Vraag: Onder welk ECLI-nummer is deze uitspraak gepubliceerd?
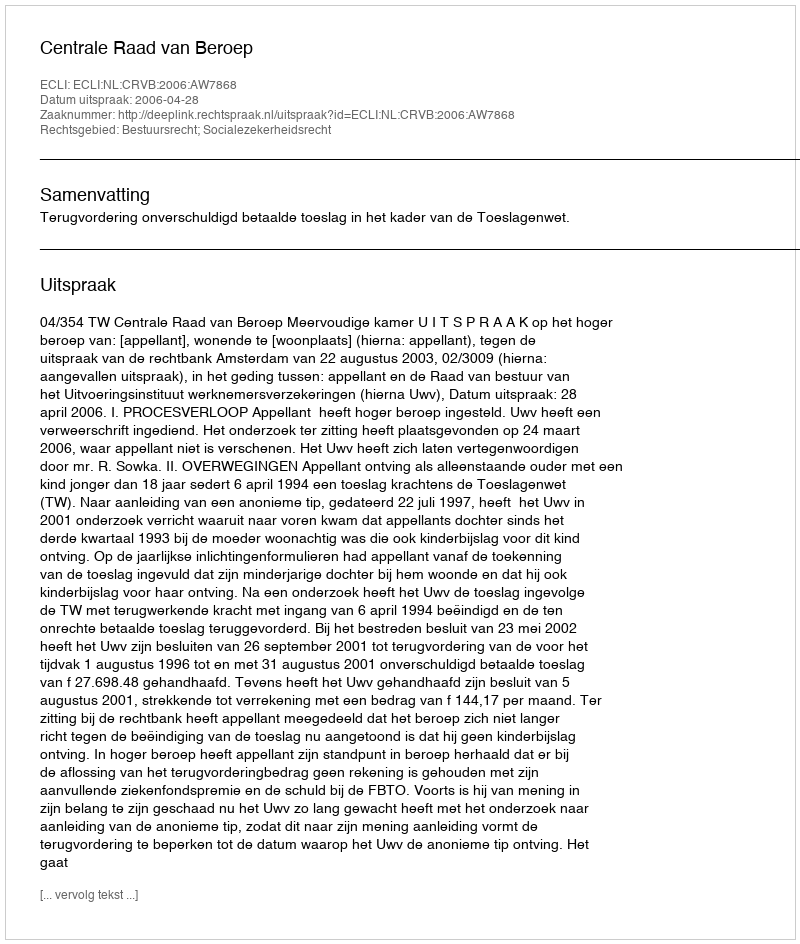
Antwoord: ECLI:NL:CRVB:2006:AW7868